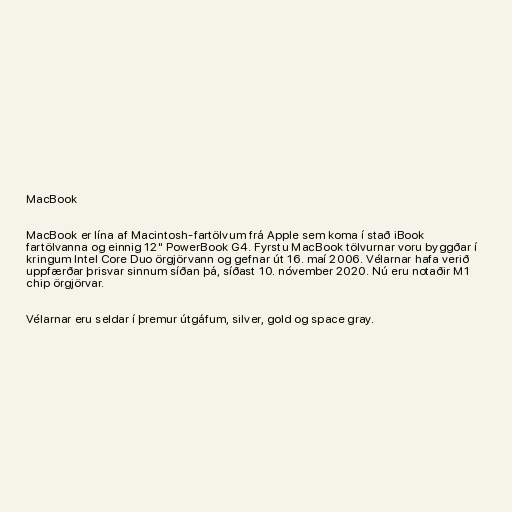
MacBook

MacBook er lína af Macintosh-fartölvum frá Apple sem koma í stað iBook
fartölvanna og einnig 12" PowerBook G4. Fyrstu MacBook tölvurnar voru byggðar í
kringum Intel Core Duo örgjörvann og gefnar út 16. maí 2006. Vélarnar hafa verið
uppfærðar þrisvar sinnum síðan þá, síðast 10. nóvember 2020. Nú eru notaðir M1
chip örgjörvar.

Vélarnar eru seldar í þremur útgáfum, silver, gold og space gray.